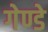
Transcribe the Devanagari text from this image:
गेण्डे